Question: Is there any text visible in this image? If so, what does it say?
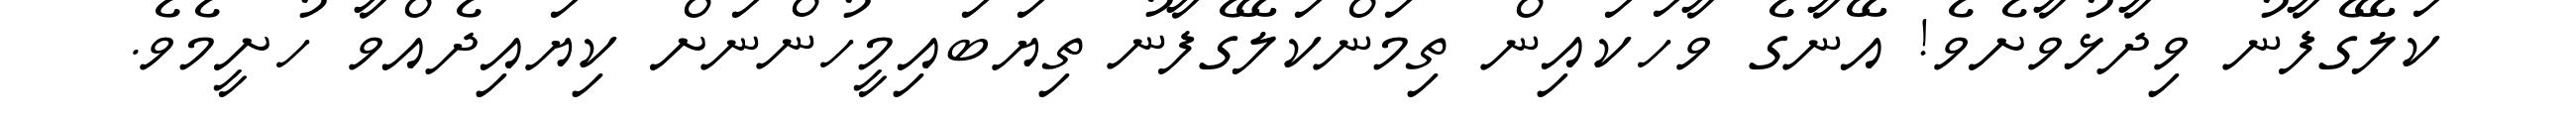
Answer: ކަލޭގެފާނު ވިދާޅުވާށެވެ! އޭނާގެ ވާހަކައިން ތިމަންކަލޭގެފާނު ތިޔަބައިމީހުންނަށް ކިޔައިދެއްވާ ހުށީމެވެ.